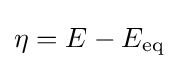
{\displaystyle \eta =E-E_{\rm {eq}}}